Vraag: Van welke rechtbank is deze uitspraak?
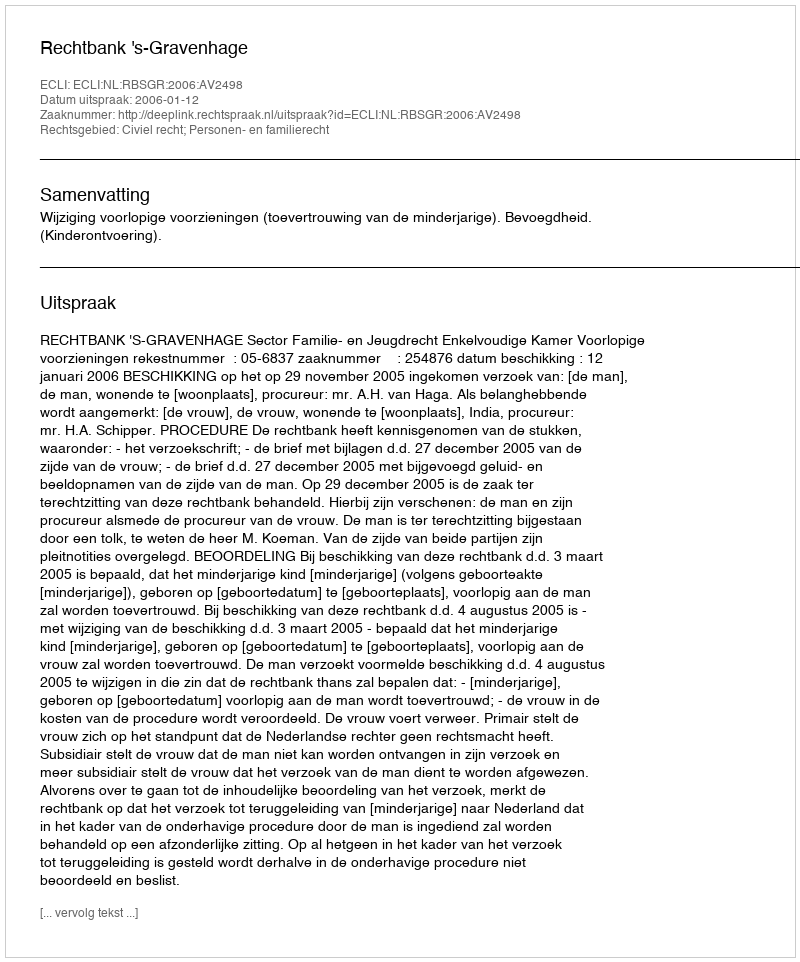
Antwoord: Rechtbank 's-Gravenhage